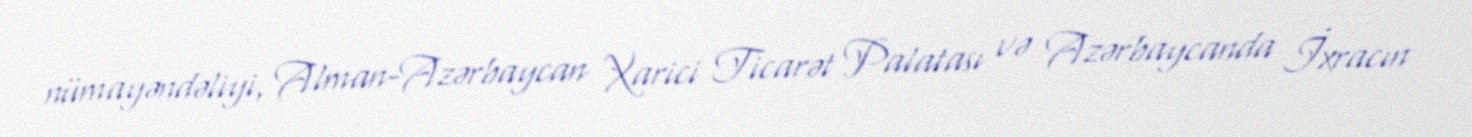
nümayəndəliyi, Alman-Azərbaycan Xarici Ticarət Palatası və Azərbaycanda İxracın